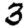
Digit: 3